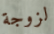
لزوجة